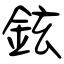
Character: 鉉